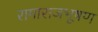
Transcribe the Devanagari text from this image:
रामाराजभूषण